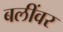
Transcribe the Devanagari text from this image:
बलींवर